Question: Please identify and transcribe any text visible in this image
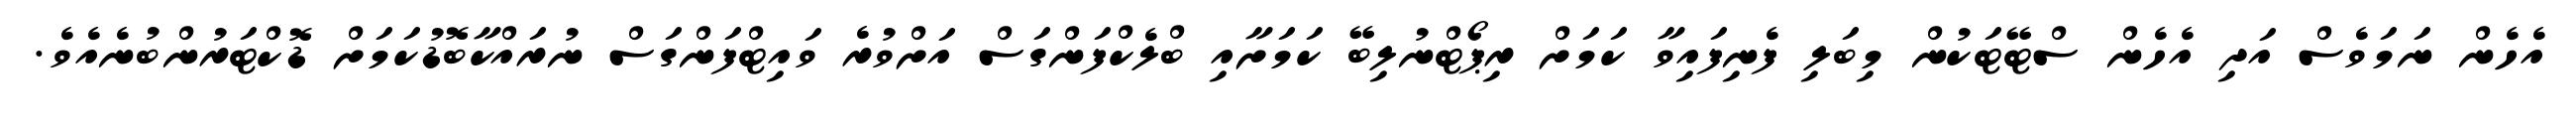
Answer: އެހެން ނަމަވެސް އަދި އެހެން ސްޓޭޓަކުން މިބަލި ފެނިފައިވާ ކަމަށް ރިޕޯޓްނުލިބޭ ކަމަށާއި ބްލެކްފަންގަސް އަށްވުރެ ވައިޓްފަންގަސް ނުރައްކާބޮޑުކަމަށް ޑޮކްޓަރުންބުނެއެވެ.